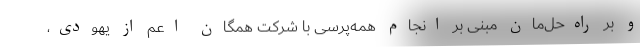
و بر راه‌حل‌مان مبنی بر انجام همه‌پرسی با شرکت همگان اعم از یهودی،